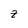
Character: z